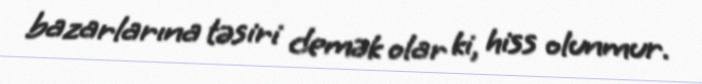
bazarlarına təsiri demək olar ki, hiss olunmur.